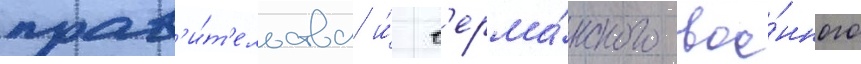
прав'и́т'ельства и́ г'ерма́нского вое́нного